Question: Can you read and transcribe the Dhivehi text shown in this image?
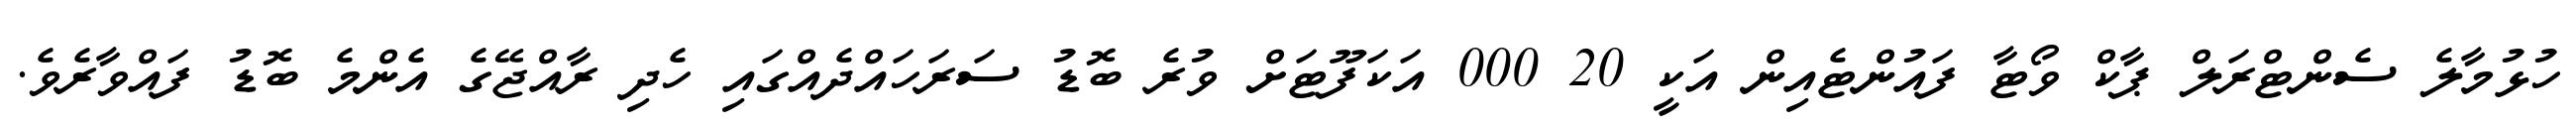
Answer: ހުޅުމާލެ ސެންޓްރަލް ޕާކް ވޯޓާ ފައުންޓެއިން އަކީ 20 000 އަކަފޫޓަށް ވުރެ ބޮޑު ސަރަހައްދެއްގައި ހެދި ރާއްޖޭގެ އެންމެ ބޮޑު ފައްވާރެވެ.